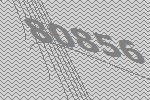
80856